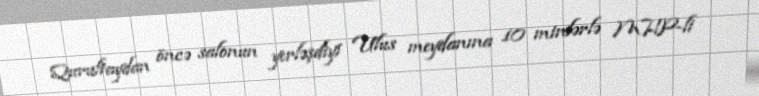
Qurultaydan öncə salonun yerləşdiyi Ulus meydanına 10 minlərlə MHP-li